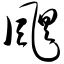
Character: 飓